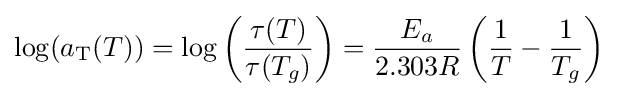
\log(a_{\rm {T}}(T))=\log \left({\frac {\tau (T)}{\tau (T_{g})}}\right)={\frac {E_{a}}{2.303R}}\left({\frac {1}{T}}-{\frac {1}{T_{g}}}\right)